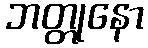
ဘတ္တုနော